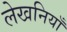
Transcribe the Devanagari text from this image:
लेखनियाँ